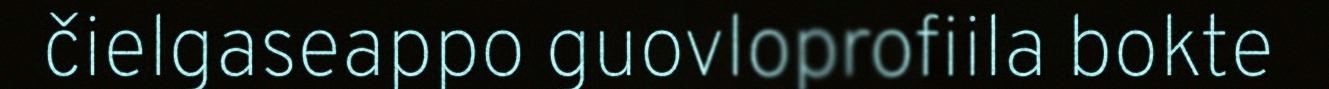
čielgaseappo guovloprofiila bokte